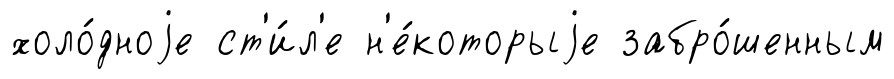
холо́дноjе ст'и́л'е н'е́которыjе забро́шенным